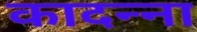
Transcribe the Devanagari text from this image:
कादन्ना